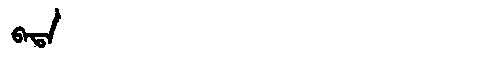
Manchu: ᠪᠠᡨᠠ
Romanization: BATA